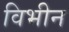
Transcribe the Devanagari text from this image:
विभीन